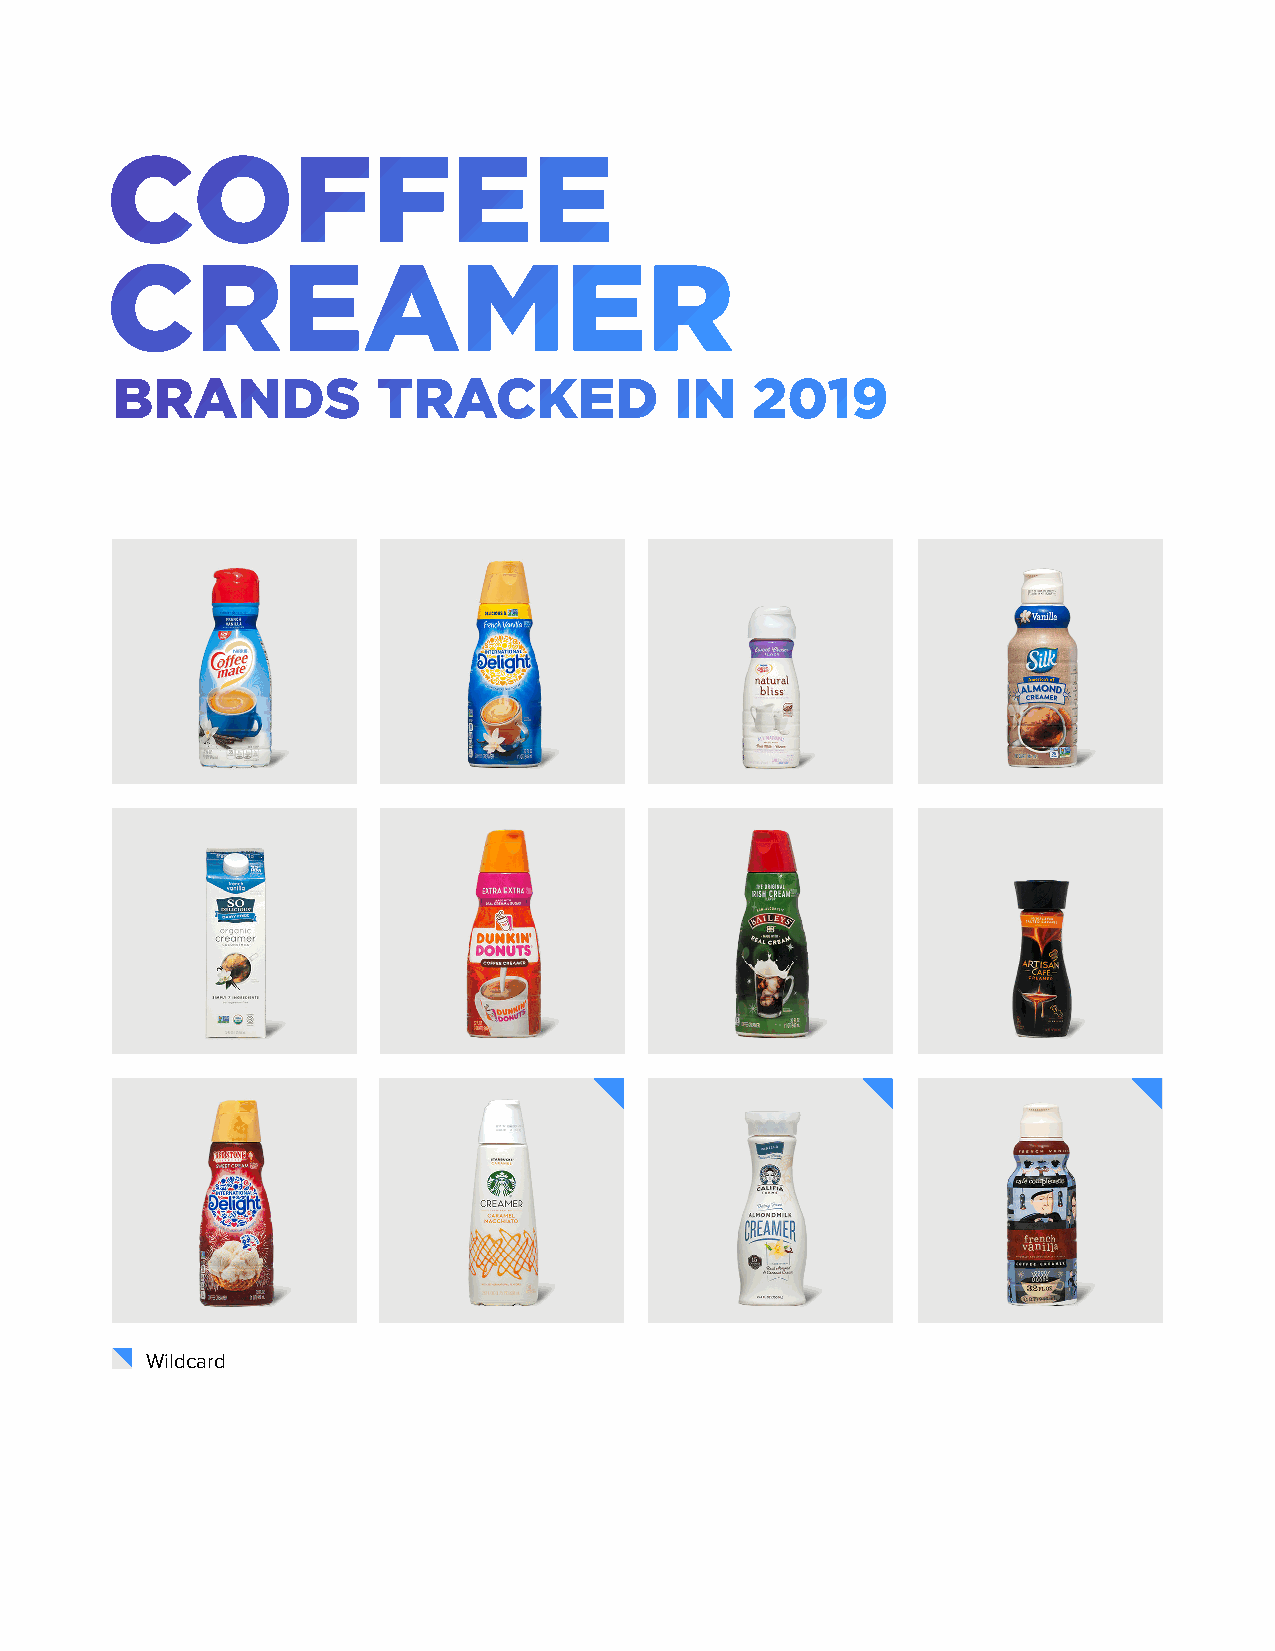
COFFEE
 CREAMER
 BRANDS            TRACKED             IN   2019
 Wildcard